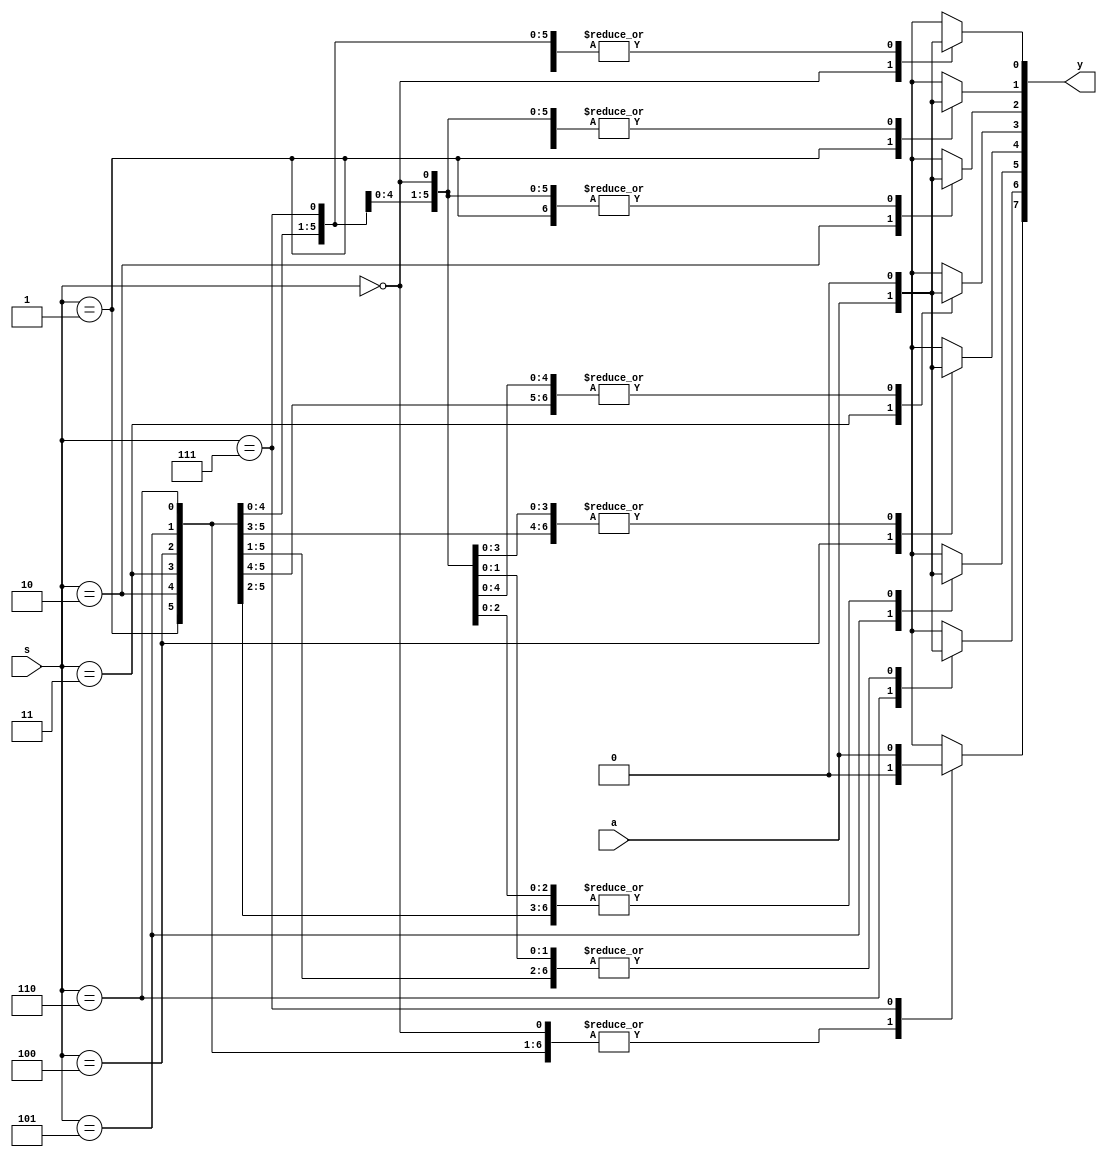
`timescale 1ns / 1ps
//////////////////////////////////////////////////////////////////////////////////
// Company: 
// Engineer: 
// 
// Design Name: 
// Module Name: demu_1x8
// Project Name: 
// Target Devices: 
// Tool Versions: 
// Description: 
// 
// Dependencies: 
// 
// Revision:
// Revision 0.01 - File Created
// Additional Comments:
// 
///////////////////Behavourial level///////////////////////////////////////////////////////////////


module demu_1x8(y,s,a);
output reg [7:0]y;
input [2:0]s;
input a;

always @(*)
begin 
y=0;
case(s)
3'd0: y[0]=a;
3'd1: y[1]=a;
3'd2: y[2]=a;
3'd3: y[3]=a;
3'd4: y[4]=a;
3'd5: y[5]=a;
3'd6: y[6]=a;
3'd7: y[7]=a;
endcase
end
endmodule